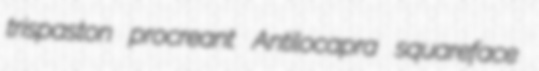
trispaston procreant Antilocapra squareface